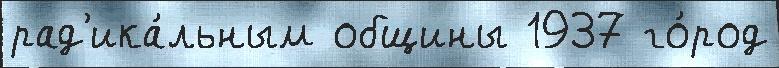
рад'ика́льным общины 1937 го́род